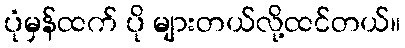
ပုံမှန်ထက် ပို များတယ်လို့ထင်တယ်။